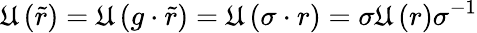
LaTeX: \mathfrak{U}\left(\tilde{r}\right)=\mathfrak{U}\left(g\cdot\tilde{r}\right)=\mathfrak{U}\left(\sigma\cdot r\right)=\sigma\mathfrak{U}\left(r\right)\sigma^{-1}